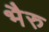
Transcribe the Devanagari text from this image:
भैरु